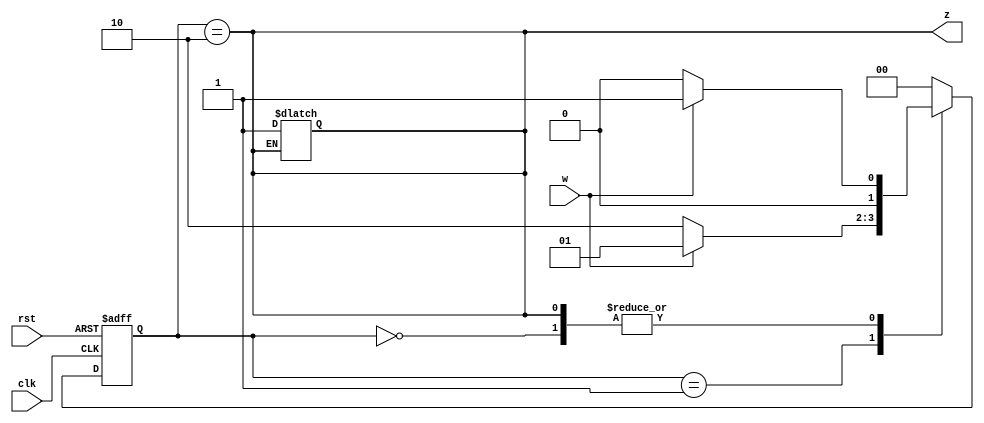
`timescale 1ns / 1ps
//////////////////////////////////////////////////////////////////////////////////
// Company: 
// Engineer: 
// 
// Design Name: 
// Module Name: seqd
// Project Name: 
// Target Devices: 
// Tool Versions: 
// Description: 
// 
// Dependencies: 
// 
// Revision:
// Revision 0.01 - File Created
// Additional Comments:
// 
//////////////////////////////////////////////////////////////////////////////////


module seqd(clk, rst, w, z);
    input clk, rst, w;
    output reg z = 0;
    reg[1:0] state, nextstate;
    parameter [1:0] A=2'b00, B = 2'b01, C= 2'b10;
    always @ (w or state) begin
        case (state)
            A: if(w) nextstate = B;
            else nextstate = A;
            B: if(w) nextstate = B;
            else nextstate = C;
            C: begin
            z = 1;
            if(w) nextstate = B;
            else nextstate = A;
            end
            default: nextstate = A;
        endcase
    end
    always @ (clk) begin
        z = (state == C);
    end
    always @ (posedge clk, posedge rst) begin
        if (rst)
            state <= A;
        else
            state <= nextstate;
    end
endmodule